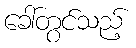
ခေါ်တွင်သည့်